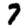
Digit: 7